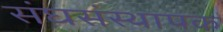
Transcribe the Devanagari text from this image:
संघसंस्थापक